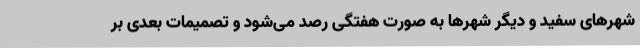
شهرهای سفید و دیگر شهرها به صورت هفتگی رصد می‌شود و تصمیمات بعدی بر